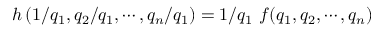
h \left( 1 / q _ { 1 } , q _ { 2 } / q _ { 1 } , \cdots , q _ { n } / q _ { 1 } \right) = 1 / q _ { 1 } \ f ( q _ { 1 } , q _ { 2 } , \cdots , q _ { n } )